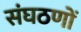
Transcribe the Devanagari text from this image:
संघठणों